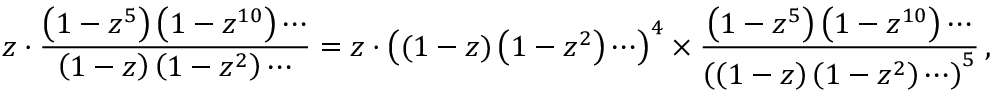
z \cdot { \frac { \left( 1 - z ^ { 5 } \right) \left( 1 - z ^ { 1 0 } \right) \cdots } { \left( 1 - z \right) \left( 1 - z ^ { 2 } \right) \cdots } } = z \cdot \left( ( 1 - z ) \left( 1 - z ^ { 2 } \right) \cdots \right) ^ { 4 } \times { \frac { \left( 1 - z ^ { 5 } \right) \left( 1 - z ^ { 1 0 } \right) \cdots } { \left( \left( 1 - z \right) \left( 1 - z ^ { 2 } \right) \cdots \right) ^ { 5 } } } \, ,